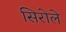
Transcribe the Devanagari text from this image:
सिरोले